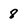
Character: 8